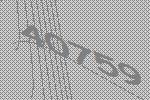
40759